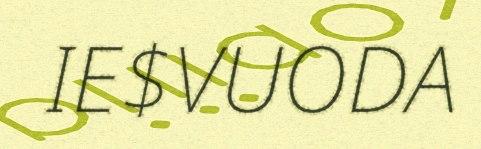
IE$VUODA